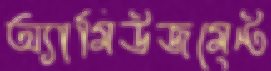
অ্যামিউজমেন্ট